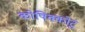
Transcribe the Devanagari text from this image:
कोषिक्कोटु